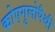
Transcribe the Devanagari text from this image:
कोएगुलोपैथी